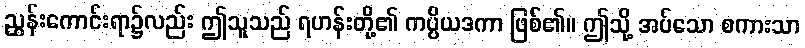
ညွှန်းကောင်းရာ၌လည်း ဤသူသည် ရဟန်းတို့၏ ကပ္ပိယဒကာ ဖြစ်၏။ ဤသို့ အပ်သော စကားသာ